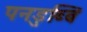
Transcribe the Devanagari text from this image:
पनडुब्बि